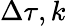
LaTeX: \Delta\tau,k